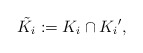
\begin{align*}\tilde{K_i} : = K_i \cap {K_i}',\end{align*}